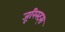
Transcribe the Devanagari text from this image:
जूरिस्ट्स